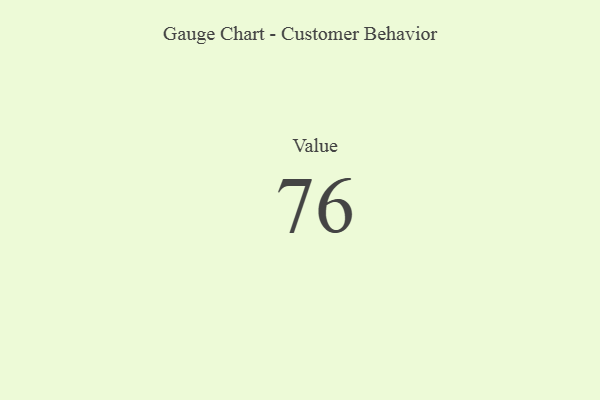
{"axis": {"x": "Metric", "y": "Value"}, "legend": [""], "data": [{"x": "Value", "y": 76, "type": ""}]}